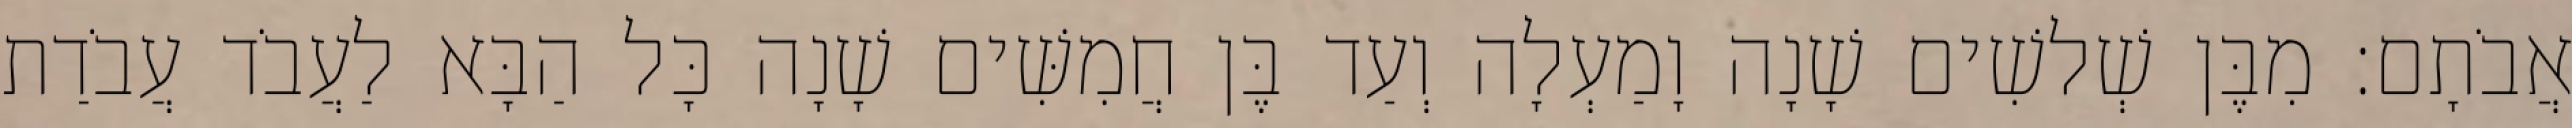
אֲבֹתָם׃ מִבֶּן שְׁלשִׁים שָׁנָה וָמַעְלָה וְעַד בֶּן חֲמִשִּׁים שָׁנָה כָּל הַבָּא לַעֲבֹד עֲבֹדַת